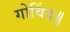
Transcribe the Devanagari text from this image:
गोविंद॥